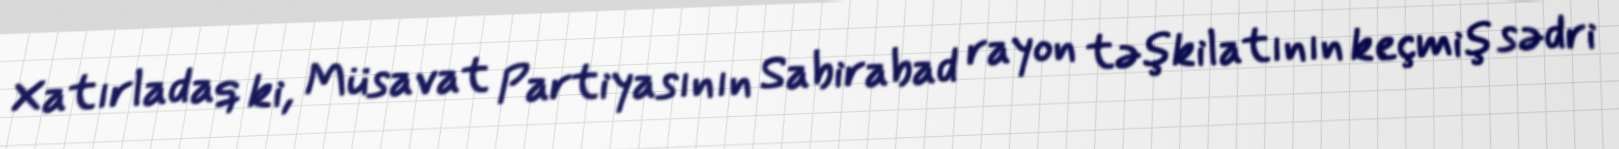
Xatırladaq ki, Müsavat Partiyasının Sabirabad rayon təşkilatının keçmiş sədri